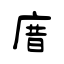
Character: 庴